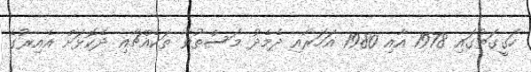
ހަގީގަތުގައި 1978 އާއި 1980 އަހަރާއި ދެމެދު މަސްތުވާ ތަކެއްޗާއި ދެކޮޅަށް އެއިރުގެ